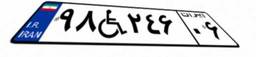
۹۱W۹۴۲۴۰